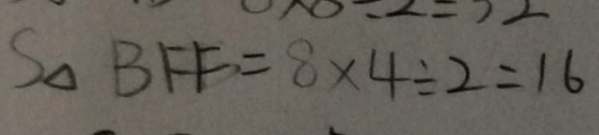
S _ { \Delta } B F E = 8 \times 4 \div 2 = 1 6